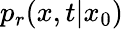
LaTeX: p_{r}(x,t|x_{0})